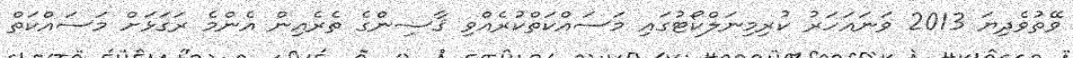
ވޭތުވެދިޔަ 2013 ވަނައަހަރު ކުރިމިނަލްކޯޓުގައި މަސައްކަތްކުރެއްވި ޤާޟިންގެ ތެރެއިން އެންމެ ރަގަޅަށް މަސައްކަތް